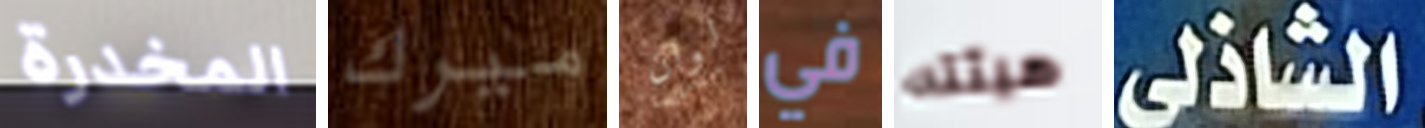
المخدرة ميرك لوان في هيئته الشاذلي